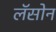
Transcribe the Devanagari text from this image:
लॅसोन